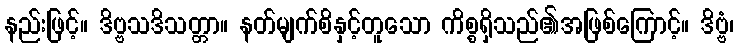
နည်းဖြင့်။ ဒိဗ္ဗသဒိသတ္တာ။ နတ်မျက်စိနှင့်တူသော ကိစ္စရှိသည်၏အဖြစ်ကြောင့်။ ဒိဗ္ဗံ၊